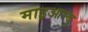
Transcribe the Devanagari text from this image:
माइआम्बु